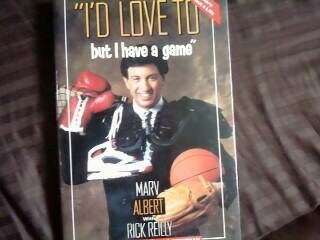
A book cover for I'd Love to but I Have a Game; Marv Albert; Sports & Outdoors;